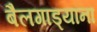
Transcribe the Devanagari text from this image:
बैलगाड्यांना